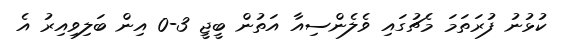
ކުޅުނު ފުރަތަމަ މެޗުގައި ވެލެންސިއާ އަތުން ބީޖީ 3-0 އިން ބަލިވިއިރު އެ